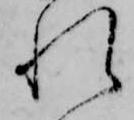
れ